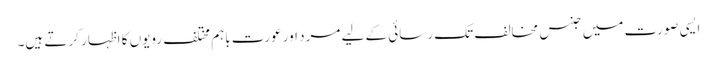
ایسی صورت میں جنس مخالف تک رسائی کے لیے مرد اور عورت باہم مختلف رویوں کا اظہار کرتے ہیں۔